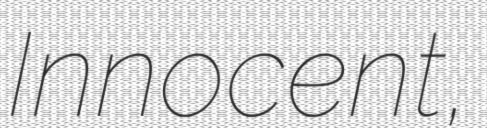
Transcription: Innocent,